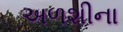
અળશીના